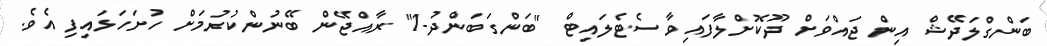
ބަންގްލަދޭޝް އިން ޖައްވަށް ދޫކޮށްލާފައިވާ ސެޓެލައިޓް "ބަންގަބަންދު-1" ރާއްޖޭން ބޭނުންކުރުމަށް ހުށަހަޅައިފި އެވެ.